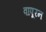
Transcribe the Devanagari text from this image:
वापूरन